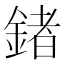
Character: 鍺